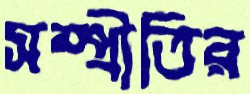
সম্প্রীতির